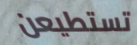
تستطيعن